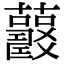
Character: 𧅍